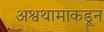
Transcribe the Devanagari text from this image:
अश्वथामाकडून